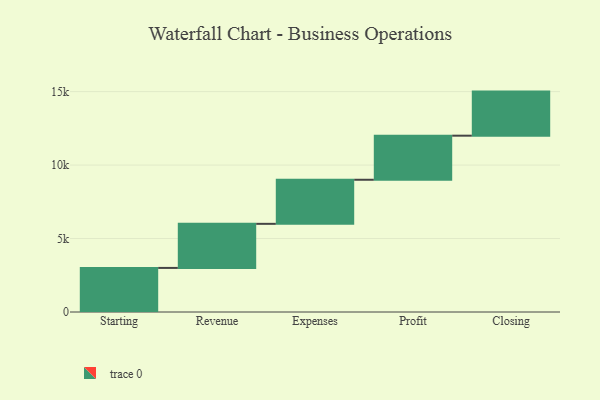
{"axis": {"x": "Step", "y": "Value"}, "legend": [""], "data": [{"x": "Starting", "y": 3000, "type": ""}, {"x": "Revenue", "y": 3000, "type": ""}, {"x": "Expenses", "y": 3000, "type": ""}, {"x": "Profit", "y": 3000, "type": ""}, {"x": "Closing", "y": 3000, "type": ""}]}